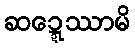
ဆဍ္ဍေဿာမိ